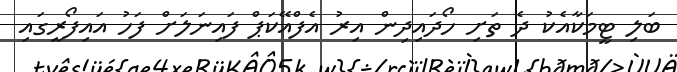
ބަލި ޓީމަކާއެކު ދެ ތަށި ހޯދައިދިން އިރު އެފްއޭކަޕް ފައިނަލަށް ފަހު އައިފޯރީގައި